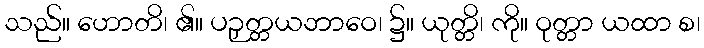
သည်။ ဟောတိ၊ ၏။ ပဉှတ္တယဘာဝေ၊ ၌။ ယုတ္တိ၊ ကို။ ဝုတ္တာ ယထာ စ၊